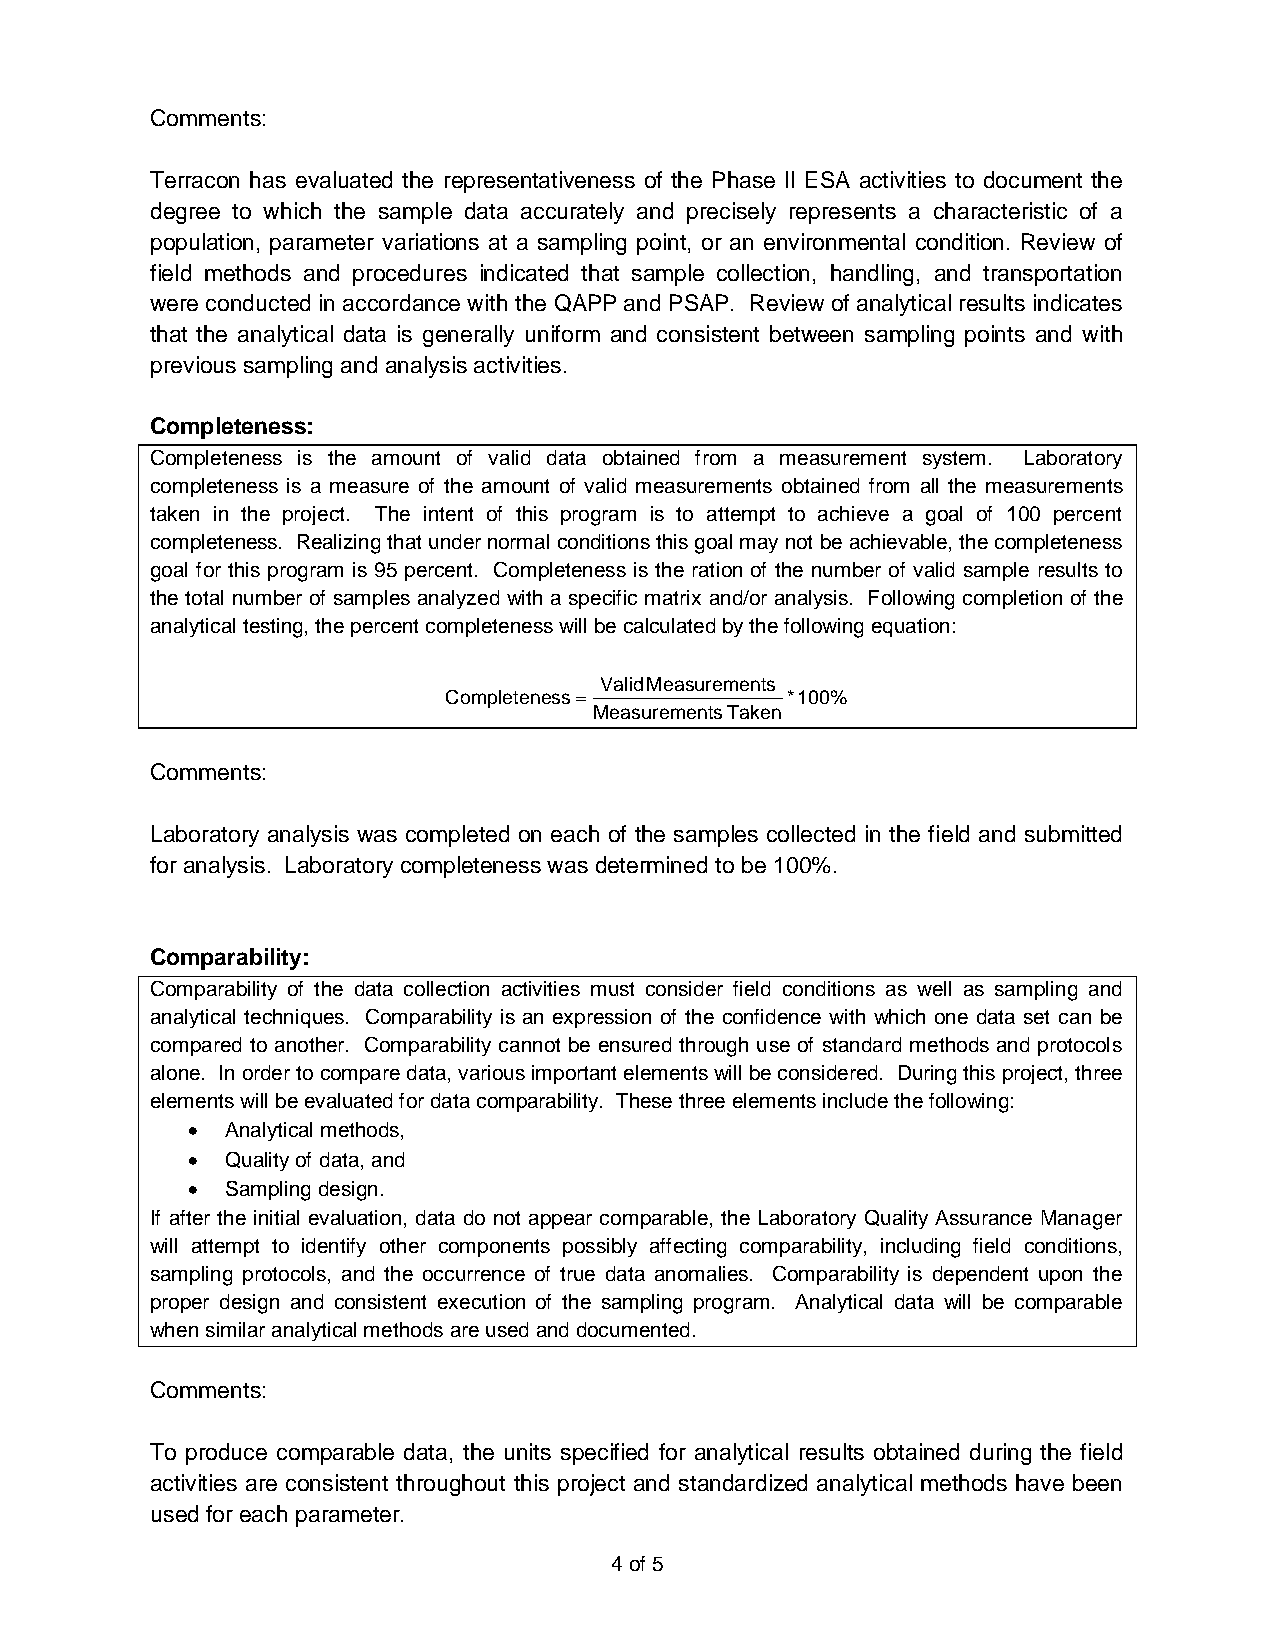
Comments:
 Terracon has evaluated the representativeness of the Phase II ESA activities to document the
 degree to which the sample data accurately and precisely represents a characteristic of a
 population, parameter variations at a sampling point, or an environmental condition. Review of
 field methods and procedures indicated that sample collection, handling, and transportation
 were conducted in accordance with the QAPP and PSAP. Review of analytical results indicates
 that the analytical data is generally uniform and consistent between sampling points and with
 previous sampling and analysis activities.
 Completeness:
 Completeness is the amount of valid data obtained from a measurement system. Laboratory
 completeness is a measure of the amount of valid measurements obtained from all the measurements
 taken in the project. The intent of this program is to attempt to achieve a goal of 100 percent
 completeness. Realizing that under normal conditions this goal may not be achievable, the completeness
 goal for this program is 95 percent. Completeness is the ration of the number of valid sample results to
 the total number of samples analyzed with a specific matrix and/or analysis. Following completion of the
 analytical testing, the percent completeness will be calculated by the following equation:
 ValidMeasurements
 Completeness=          *100%
 MeasurementsTaken
 Comments:
 Laboratory analysis was completed on each of the samples collected in the field and submitted
 for analysis. Laboratory completeness was determined to be 100%.
 Comparability:
 Comparability of the data collection activities must consider field conditions as well as sampling and
 analytical techniques. Comparability is an expression of the confidence with which one data set can be
 compared to another. Comparability cannot be ensured through use of standard methods and protocols
 alone. In order to compare data, various important elements will be considered. During this project, three
 elements will be evaluated for data comparability. These three elements include the following:
 ·  Analytical methods,
 ·  Quality of data, and
 ·  Sampling design.
 If after the initial evaluation, data do not appear comparable, the Laboratory Quality Assurance Manager
 will attempt to identify other components possibly affecting comparability, including field conditions,
 sampling protocols, and the occurrence of true data anomalies. Comparability is dependent upon the
 proper design and consistent execution of the sampling program. Analytical data will be comparable
 when similar analytical methods are used and documented.
 Comments:
 To produce comparable data, the units specified for analytical results obtained during the field
 activities are consistent throughout this project and standardized analytical methods have been
 used for each parameter.
 4 of 5